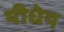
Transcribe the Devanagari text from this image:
यीधेय